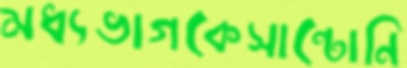
মধ্যভাগকেসান্টোনি